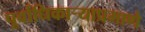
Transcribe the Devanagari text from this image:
पूर्वाधिकार्‍याप्रमाणे